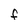
Character: f